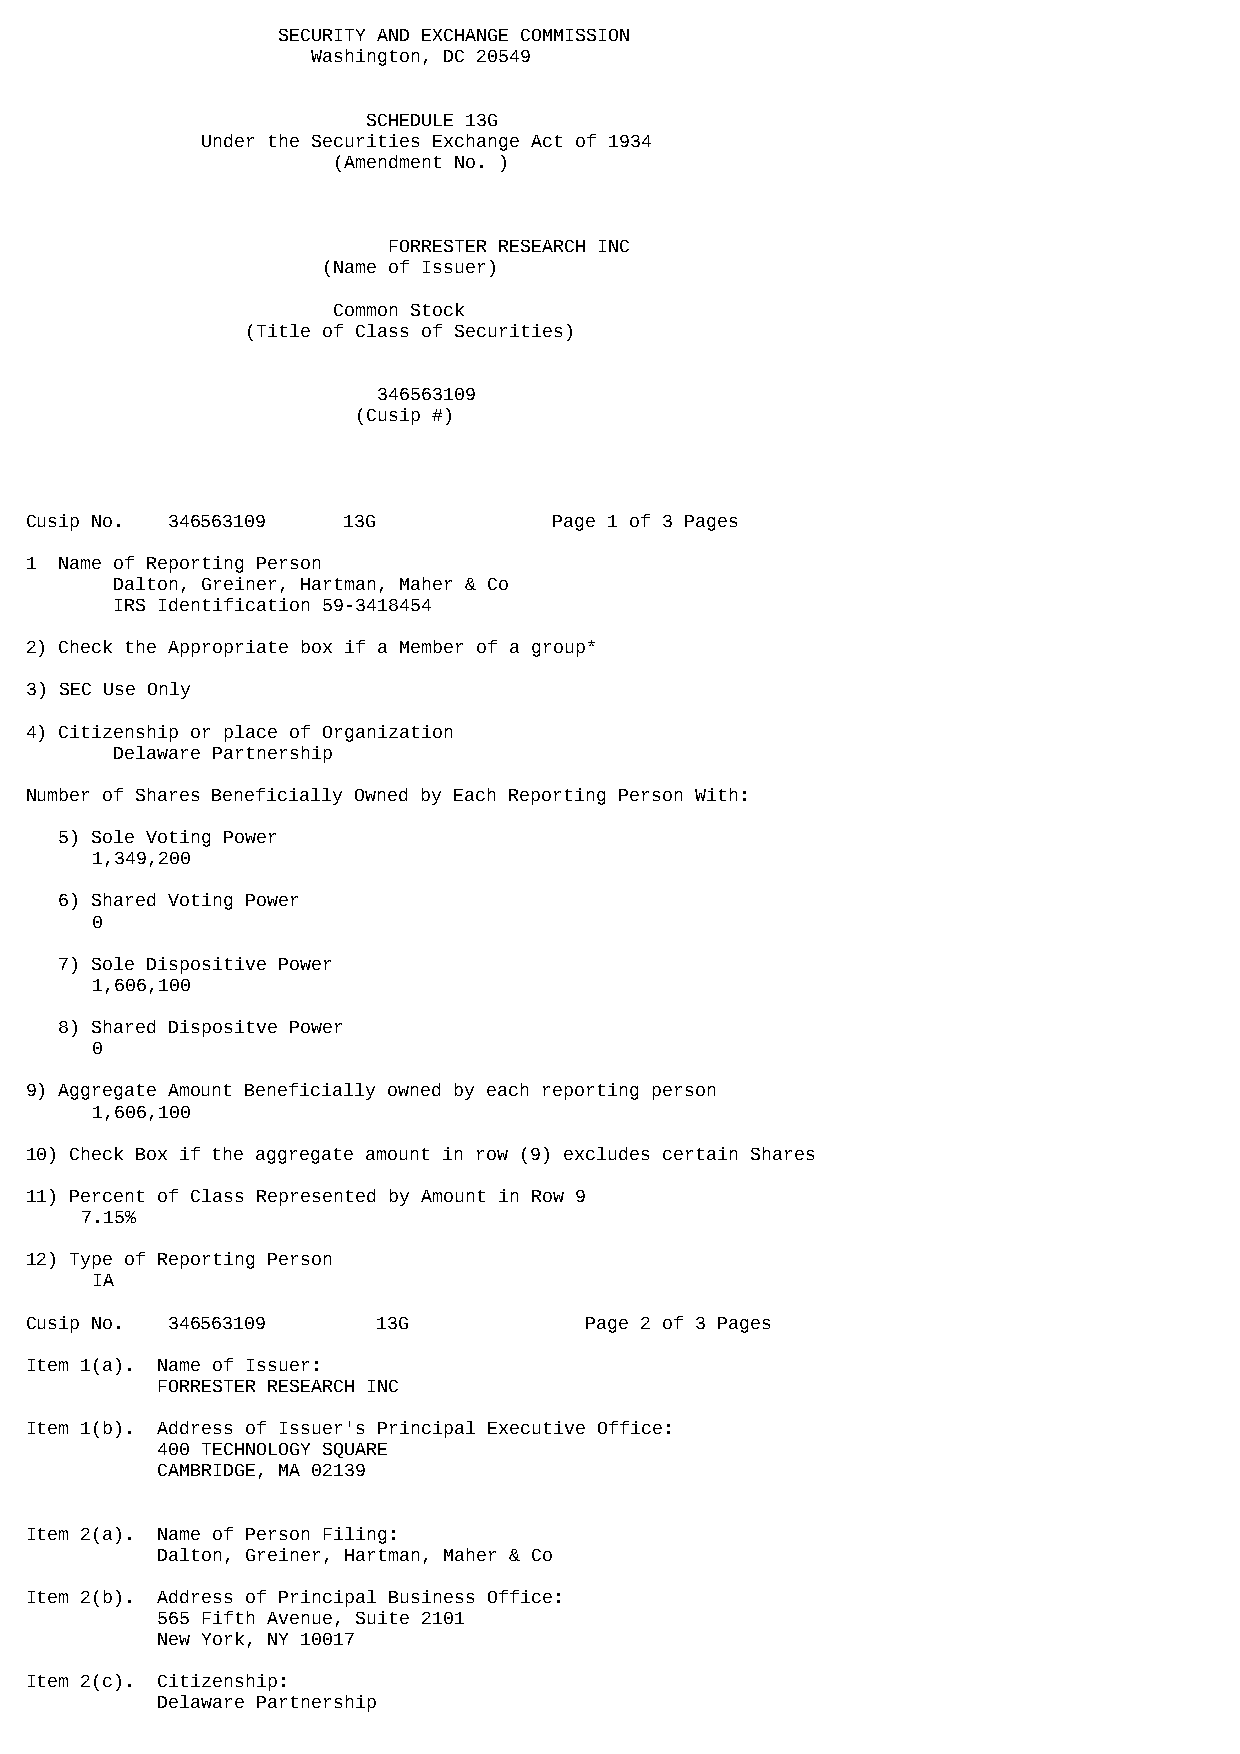
SECURITY AND EXCHANGE COMMISSION
 Washington, DC 20549
 SCHEDULE 13G
 Under the Securities Exchange Act of 1934
 (Amendment No. )
 FORRESTER RESEARCH INC
 (Name of Issuer)
 Common Stock
 (Title of Class of Securities)
 346563109
 (Cusip #)
 Cusip No. 346563109  13G           Page 1 of 3 Pages
 1 Name of Reporting Person
 Dalton, Greiner, Hartman, Maher & Co
 IRS Identification 59-3418454
 2) Check the Appropriate box if a Member of a group*
 3) SEC Use Only
 4) Citizenship or place of Organization
 Delaware Partnership
 Number of Shares Beneficially Owned by Each Reporting Person With:
 5) Sole Voting Power
 1,349,200
 6) Shared Voting Power
 0
 7) Sole Dispositive Power
 1,606,100
 8) Shared Dispositve Power
 0
 9) Aggregate Amount Beneficially owned by each reporting person
 1,606,100
 10) Check Box if the aggregate amount in row (9) excludes certain Shares
 11) Percent of Class Represented by Amount in Row 9
 7.15%
 12) Type of Reporting Person
 IA
 Cusip No. 346563109    13G           Page 2 of 3 Pages
 Item 1(a). Name of Issuer:
 FORRESTER RESEARCH INC
 Item 1(b). Address of Issuer's Principal Executive Office:
 400 TECHNOLOGY SQUARE
 CAMBRIDGE, MA 02139
 Item 2(a). Name of Person Filing:
 Dalton, Greiner, Hartman, Maher & Co
 Item 2(b). Address of Principal Business Office:
 565 Fifth Avenue, Suite 2101
 New York, NY 10017
 Item 2(c). Citizenship:
 Delaware Partnership